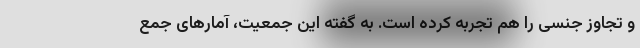
و تجاوز جنسی را هم تجربه کرده است. به گفته این جمعیت، آمارهای جمع